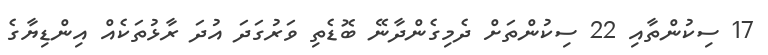
17 ސިކުންތާއި 22 ސިކުންތަށް ދެމިގެންދާނޭ ބޮޑެތި ވަރުގަދަ އުދަ ރާޅުތަކެއް އިންޑިޔާގެ